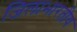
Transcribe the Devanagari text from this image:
जिलाभारतीय